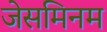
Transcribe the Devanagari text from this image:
जेसमिनम